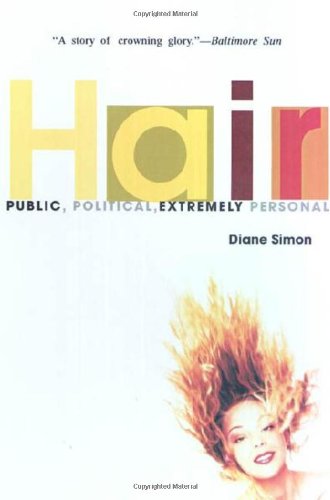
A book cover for Hair: Public, Political, Extremely Personal; Diane Simon; Health, Fitness & Dieting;